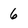
Character: 6